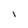
Character: l